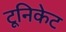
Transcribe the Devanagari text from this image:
टूनिकेट